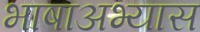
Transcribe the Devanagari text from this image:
भाषाअभ्यास